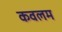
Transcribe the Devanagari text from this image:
कवलम